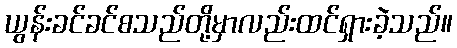
ယွန်းခင်ခင်စသည်တို့မှာလည်းထင်ရှားခဲ့သည်။